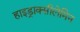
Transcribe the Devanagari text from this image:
हाइड्राक्सीलेमिन